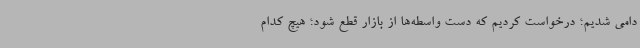
دامی شدیم؛ درخواست کردیم که دست واسطه‌ها از بازار قطع شود؛ هیچ کدام